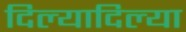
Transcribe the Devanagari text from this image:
दिल्यादिल्या